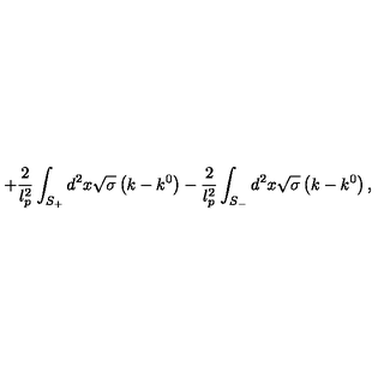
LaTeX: + \frac { 2 } { l _ { p } ^ { 2 } } \int _ { S _ { + } } ^ { { } } d ^ { 2 } x \sqrt { \sigma } \left( k - k ^ { 0 } \right) - \frac { 2 } { l _ { p } ^ { 2 } } \int _ { S _ { - } } d ^ { 2 } x \sqrt { \sigma } \left( k - k ^ { 0 } \right) ,